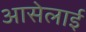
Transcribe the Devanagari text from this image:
आसेलाई